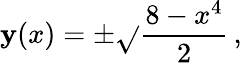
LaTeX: \mathbf{y}(x)=\pm{\sqrt{}{{\frac{{8-x^{4}}}{{2}}}}}\, ,